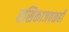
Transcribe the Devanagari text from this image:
रसिकाजवळही